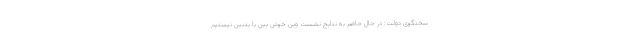
سخنگوی دولت: در حال حاضر به نتایج نشست وین خوش بین یا بدبین نیستیم